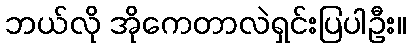
ဘယ်လို အိုကေတာလဲရှင်းပြပါဦး။